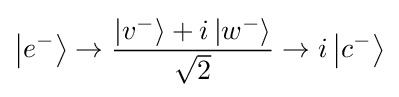
\left|e^{-}\right\rangle \to {\frac {\left|v^{-}\right\rangle +i\left|w^{-}\right\rangle }{\sqrt {2}}}\to i\left|c^{-}\right\rangle